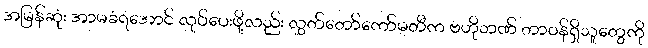
အမြန်ဆုံး အာမခံရအောင် လုပ်ပေးဖို့လည်း လွှတ်တော်ကော်မတီက ဗဟိုဘဏ် တာဝန်ရှိသူတွေကို